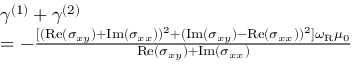
\begin{array} { r l } & { \gamma ^ { ( 1 ) } + \gamma ^ { ( 2 ) } } \\ & { = - \frac { [ ( \mathrm { R e } ( \sigma _ { x y } ) + \mathrm { I m } ( \sigma _ { x x } ) ) ^ { 2 } + ( \mathrm { I m } ( \sigma _ { x y } ) - \mathrm { R e } ( \sigma _ { x x } ) ) ^ { 2 } ] \omega _ { \mathrm { R } } \mu _ { 0 } } { \mathrm { R e } ( \sigma _ { x y } ) + \mathrm { I m } ( \sigma _ { x x } ) } } \end{array}